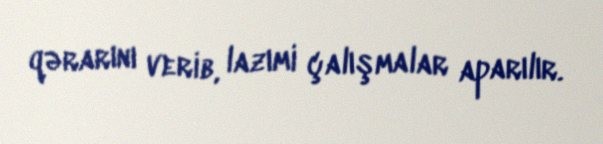
qərarını verib, lazımi çalışmalar aparılır.